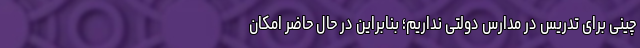
چینی برای تدریس در مدارس دولتی نداریم؛ بنابراین در حال حاضر امکان